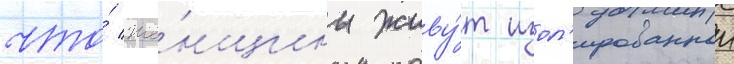
что́ же́нщины живу́т изол'ированнои